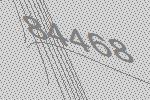
84468